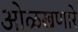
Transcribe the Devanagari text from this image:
ओळखणारे